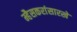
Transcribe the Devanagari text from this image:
म्हैसकरांसारखे